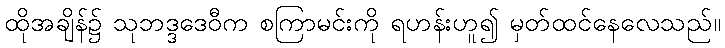
ထိုအချိန်၌ သုဘဒ္ဒဒေဝီက စကြာမင်းကို ရဟန်းဟူ၍ မှတ်ထင်နေလေသည်။